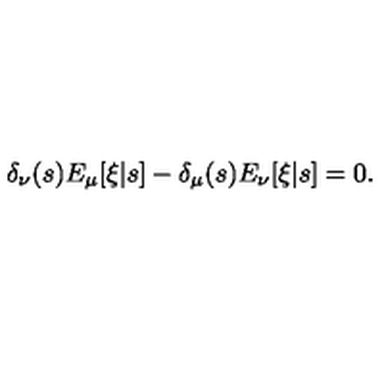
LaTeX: \delta _ { \nu } ( s ) E _ { \mu } [ \xi | s ] - \delta _ { \mu } ( s ) E _ { \nu } [ \xi | s ] = 0 .